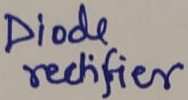
Text: Diode rectifier